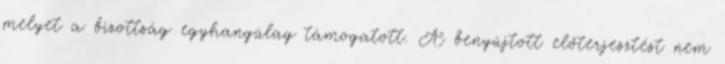
melyet a bizottság egyhangúlag támogatott. A benyújtott előterjesztést nem